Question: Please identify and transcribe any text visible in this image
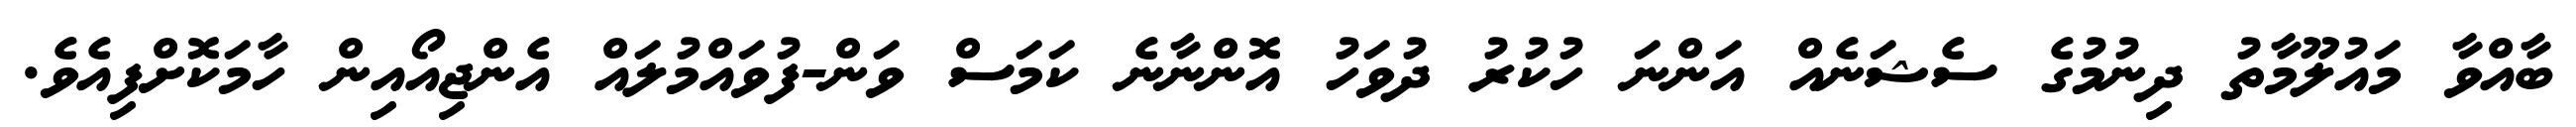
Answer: ބާއްވާ މައުލޫމާތު ދިނުމުގެ ސެޝަނެއް އަންނަ ހުކުރު ދުވަހު އޮންނާނެ ކަމަސް ވަން-ފުވައްމުލައް އެންޖިއޯއިން ހާމަކޮށްފިއެވެ.